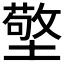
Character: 𱘄